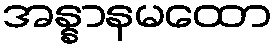
အန္နာနမထော